Civil Veterinary Dept. Assam report 1927-50 - 1927-1950
Year: 1927
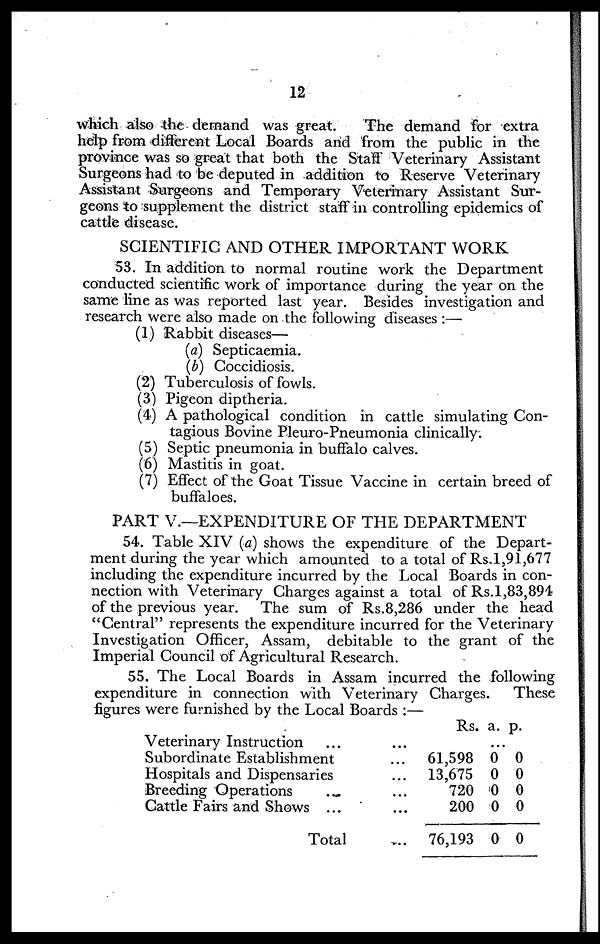
12
which also the demand was great.
The demand for extra
help from different Local Boards and from the public in the
province was so great that both the Staff Veterinary Assistant
Surgeons had to be deputed in addition to Reserve Veterinary
Assistant Surgeons and Temporary Veterinary Assistant Sur-
geons to supplement the district staff in controlling epidemics of
cattle disease.
SCIENTIFIC AND OTHER IMPORTANT WORK
53. In addition to normal routine work the Department
conducted scientific work of importance during the year on the
same line as was reported last year. Besides investigation and
research were also made on the following diseases :—
(1) Rabbit diseases—
(a) Septicaemia.
(b) Coccidiosis.
(2) Tuberculosis of fowls.
(3) Pigeon diptheria.
(4) A pathological condition in cattle simulating Con-
tagious Bovine Pleuro-Pneumonia clinically.
(5) Septic pneumonia in buffalo calves.
(6) Mastitis in goat.
(7) Effect of the Goat Tissue Vaccine in certain breed of
buffaloes.
PART V.—EXPENDITURE OF THE DEPARTMENT
54. Table XIV (a) shows the expenditure of the Depart-
ment during the year which amounted to a total of Rs.1,91,677
including the expenditure incurred by the Local Boards in con-
nection with Veterinary Charges against a total of Rs.1,83,894
of the previous year. The sum of Rs.8,286 under the head
"Central" represents the expenditure incurred for the Veterinary
Investigation Officer, Assam, debitable to the grant of the
Imperial Council of Agricultural Research.
55. The Local Boards in Assam incurred the following
expenditure in connection with Veterinary Charges.
These
figures were furnished by the Local Boards :—
Veterinary Instruction...
Subordinate Establishment
Hospitals and Dispensaries
Breeding Operations...
Cattle Fairs and Shows ...
Total
...
...
...
...
...
...
Rs.
...
61,598
13,675
720
200
76,193
a.
0
0
0
0
0
p.
0
0
0
0
0